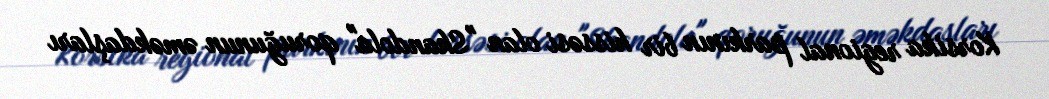
Korsika regional parkının bir hissəsi olan "Skandola" qoruğunun əməkdaşları